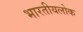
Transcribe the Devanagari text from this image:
भारतीयलोक